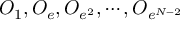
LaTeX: { \cal O } _ { 1 } , { \cal O } _ { e } , { \cal O } _ { e ^ { 2 } } , \cdots , { \cal O } _ { e ^ { N - 2 } }